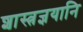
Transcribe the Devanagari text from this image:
शास्त्रज्ञयानि